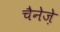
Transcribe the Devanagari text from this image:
चैनेज़े